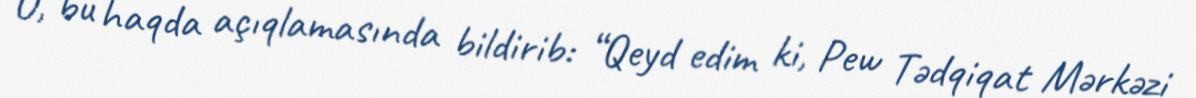
O, bu haqda açıqlamasında bildirib: “Qeyd edim ki, Pew Tədqiqat Mərkəzi